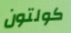
كولتون